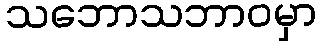
သဘောသဘာဝမှာ